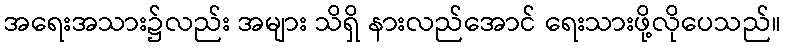
အရေးအသား၌လည်း အများ သိရှိ နားလည်အောင် ရေးသားဖို့လိုပေသည်။